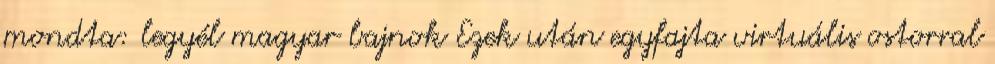
mondta: legyél magyar bajnok Ezek után egyfajta virtuális ostorral